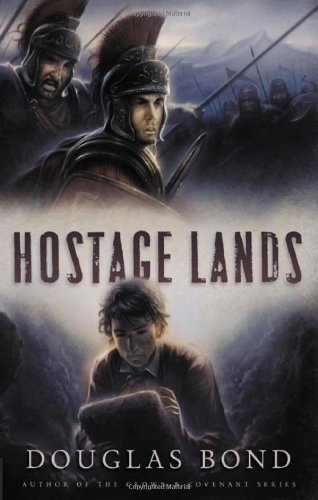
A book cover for Hostage Lands (Heroes & History); Douglas Bond; Teen & Young Adult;